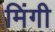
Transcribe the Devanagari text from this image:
मिंगी